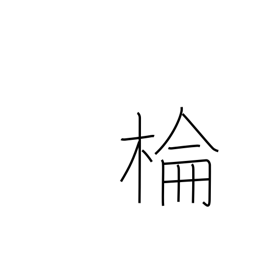
Meaning: camphor tree